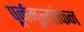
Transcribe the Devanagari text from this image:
पूर्नमूल्यांकन